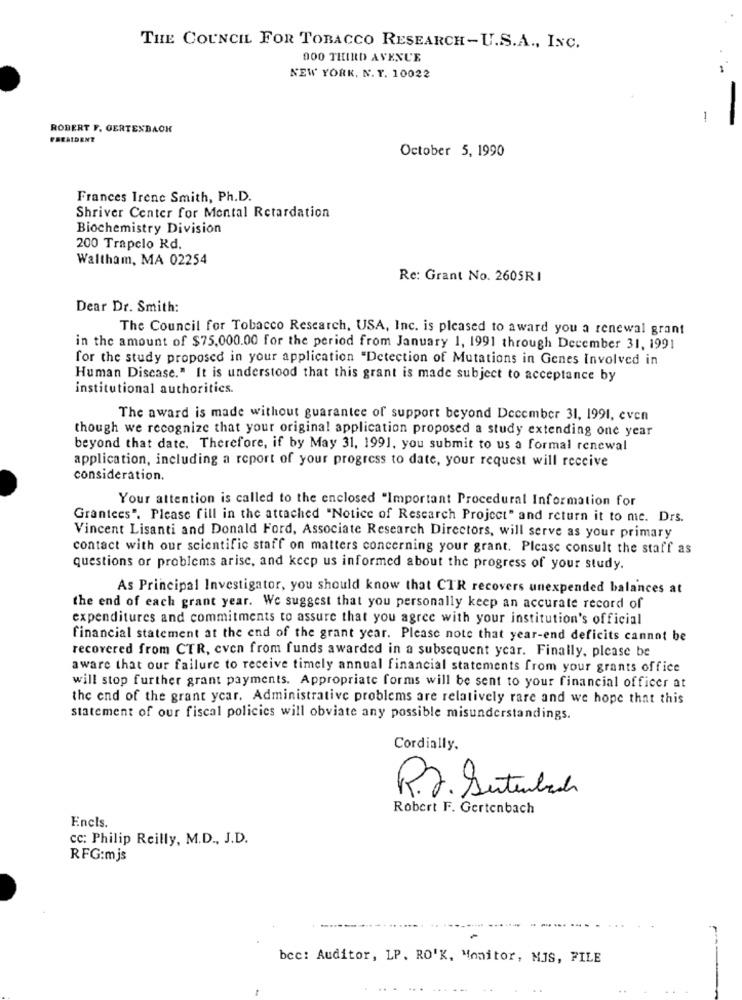
THE COUNCIL FOR TOBACCO RESEARCH-U.S.A ., INC.
000 THIRD AVENUE
NEW YORK, N. Y. 10022
ROBERT F. GERTENBACH
PRESIDENT
October 5, 1990
Frances Irene Smith, Ph.D.
Shriver Center for Mental Retardation
Biochemistry Division
200 Trapelo Rd.
Waltham, MA 02254
Re: Grant No. 2605RI
Dear Dr. Smith:
The Council for Tobacco Research, USA, Inc. is pleased to award you a renewal grant
in the amount of $75,000.00 for the period from January 1, 1991 through December 31, 1991
for the study proposed in your application "Detection of Mutations in Genes Involved in
Human Disease." It is understood that this grant is made subject to acceptance by
institutional authorities.
The award is made without guarantee of support beyond December 31, 1991, even
though we recognize that your original application proposed a study extending one year
beyond that date. Therefore, if by May 31, 1991, you submit to us a formal renewal
application, including a report of your progress to date, your request will receive
consideration.
Your attention is called to the enclosed "Important Procedural Information for
Grantees". Please fill in the attached "Notice of Research Project" and return it to me. Drs.
Vincent Lisanti and Donald Ford, Associate Research Directors, will serve as your primary
contact with our scientific staff on matters concerning your grant. Please consult the staff as
questions or problems arise, and keep us informed about the progress of your study.
As Principal Investigator, you should know that CTR recovers unexpended balances at
the end of each grant year. We suggest that you personally keep an accurate record of
expenditures and commitments to assure that you agree with your institution's official
financial statement at the end of the grant year. Please note that year-end deficits cannot be
recovered from CTR, even from funds awarded in a subsequent year. Finally, please be
aware that our failure to receive timely annual financial statements from your grants office
will stop further grant payments. Appropriate forms will be sent to your financial officer at
the end of the grant ycar. Administrative problems are relatively rare and we hope that this
statement of our fiscal policies will obviate any possible misunderstandings.
Cordially.
R.r. Sutenbach
Robert F. Gertenbach
Encls.
cc: Philip Reilly, M.D ., J.D.
RFG:mjs
bcc: Auditor, LP. RO'K, Monitor, MIS, FILE
..